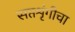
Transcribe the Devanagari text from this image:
सप्तशृंगीचा